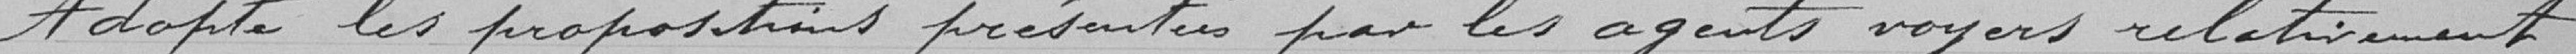
Adopte les propositions présentées par les agents voyers relativement